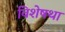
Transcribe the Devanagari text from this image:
विशेषथा